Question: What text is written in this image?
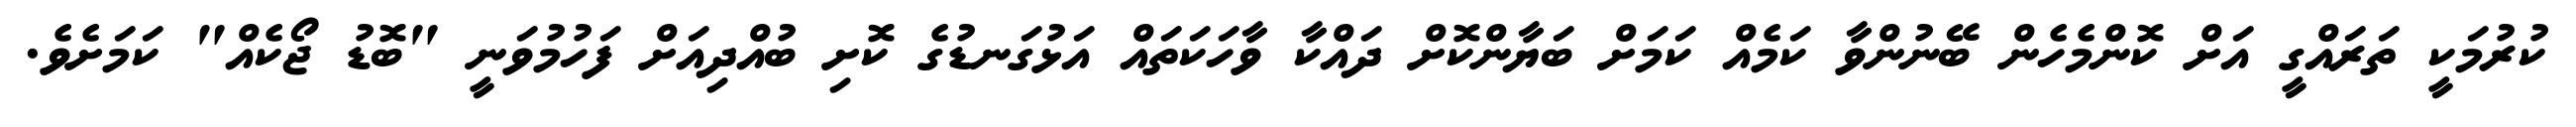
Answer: ކުރުމަކީ ތަރައްގީ އަށް ކޮންމެހެން ބޭނުންވާ ކަމެއް ކަމަށް ބަޔާންކޮށް ދައްކާ ވާހަކަތައް އަޅުގަނޑުގެ ކޮށި ބުއްދިއަށް ފަހުމުވަނީ "ބޮޑު ޖޯކެއް" ކަމަށެވެ.